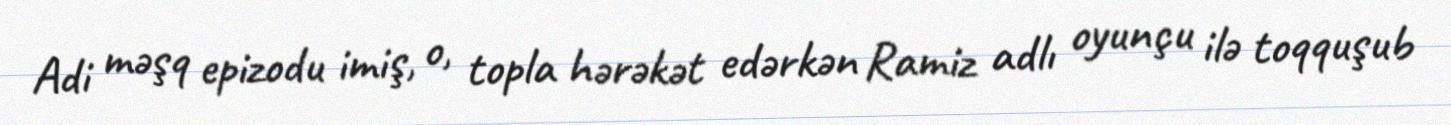
Adi məşq epizodu imiş, o, topla hərəkət edərkən Ramiz adlı oyunçu ilə toqquşub